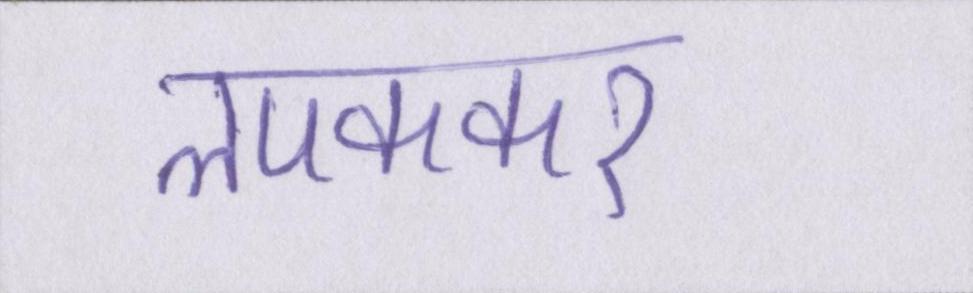
लपककर